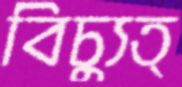
বিচ্যুত্